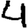
Digit: 4